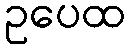
ဥပေထ